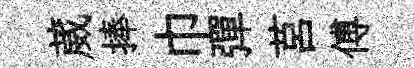
葳捧巾彈莒傅